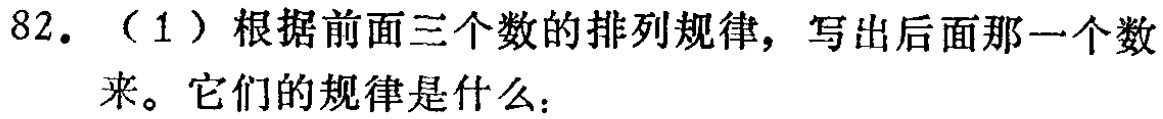
82. （1）根据前面三个数的排列规律，写出后面那一个数来。它们的规律是什么：